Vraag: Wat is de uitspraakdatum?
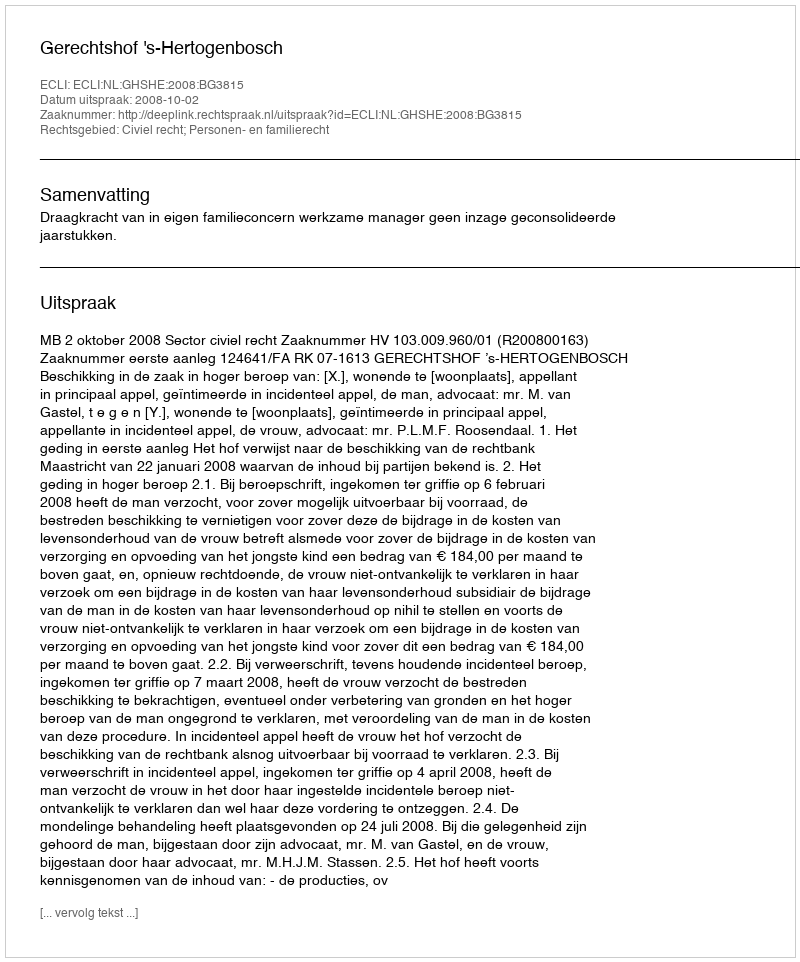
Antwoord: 2008-10-02